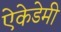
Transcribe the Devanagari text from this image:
ऐकेडेमी